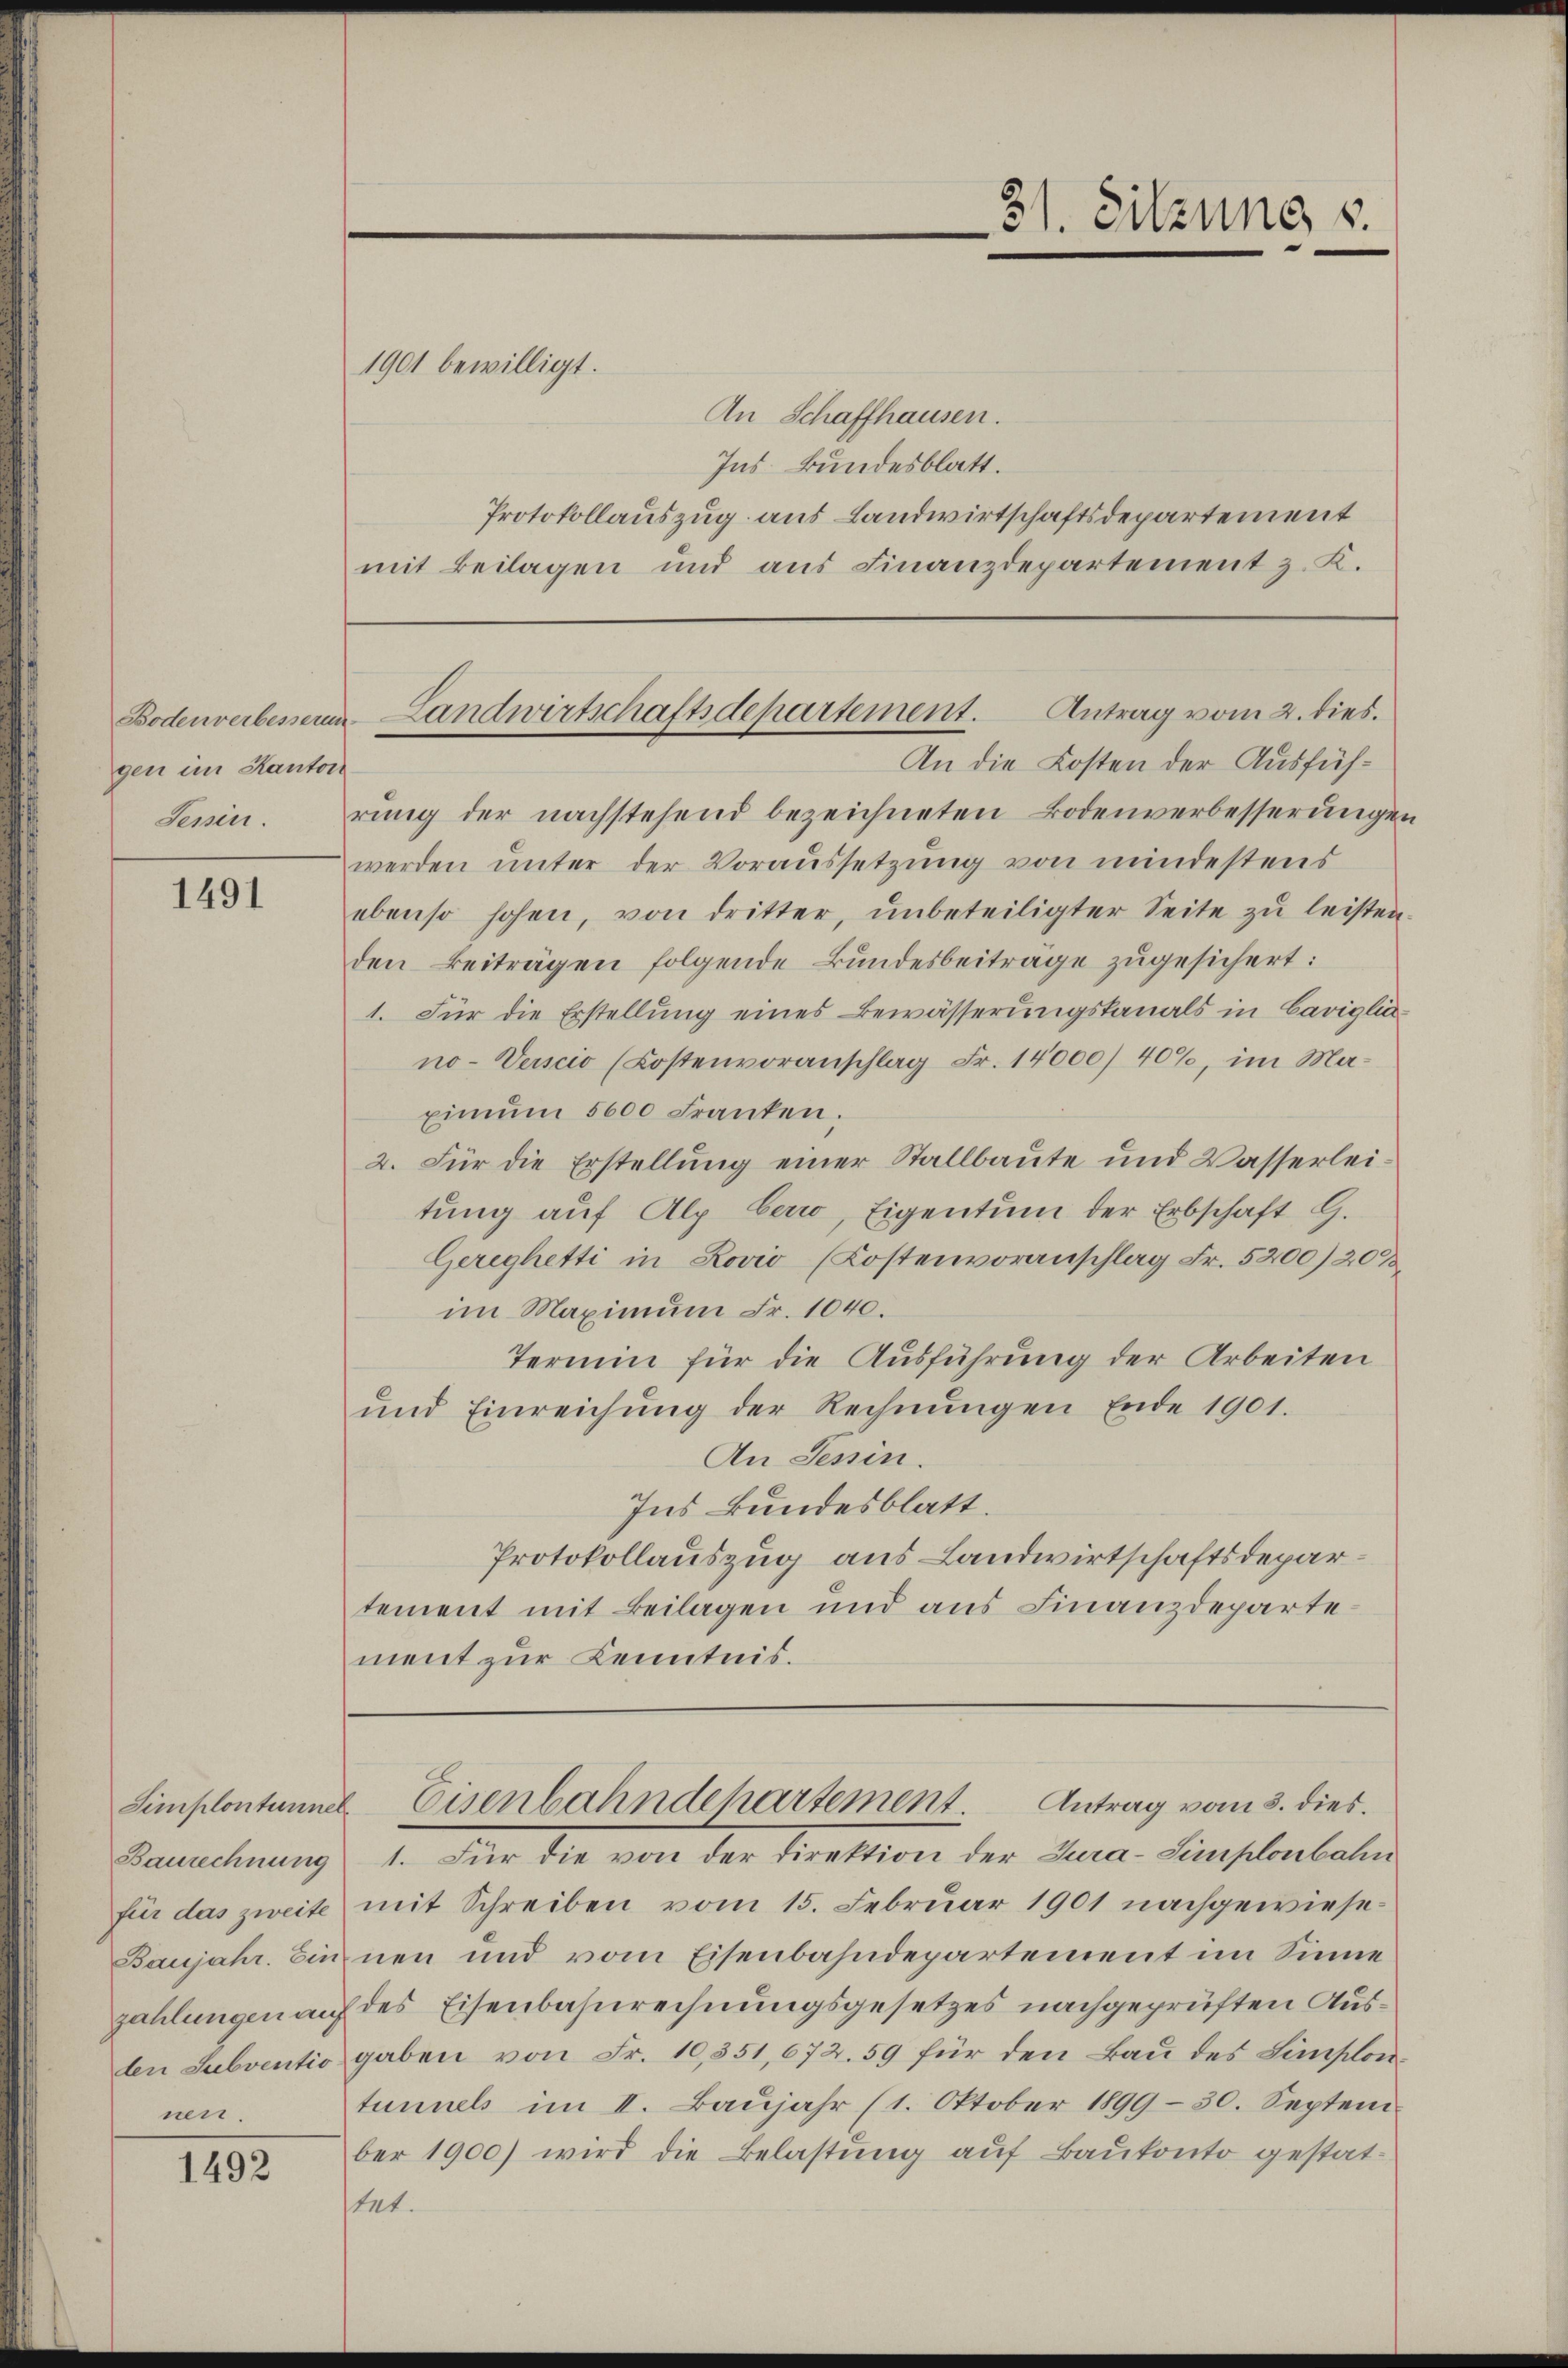
gen im Kanton
Tessin.

1491

Baurechnung
für das zweite
den Subventio
nen.

1492

1901 bewilligt.
An Schaffhausen.
Ins Bundesblatt.
Protokollauszug aus Landwirtschaftsdepartement
mit Beilagen und aus Finanzdepartement z. K.

Antrag vom 2. dies.
Bodenverbessen Landwirtschaftsdepartement.

31. Sitzung s.

An die Kosten der Ausführung der nachstehend bezeichneten Bodenverbesserungen
werden ŭnter der Voraussetzŭng von mindestens
ebenso hohen, von dritter, unbeteiligter Seite zu leisten.
den Beiträgen folgende Bundesbeiträge zugesichert:
1. Für die Erstellung eines Bewässerungskanals in Caviglia-
no-Verscio (Kostenvoranschlag Fr. 14000/ 40%, im Maximŭm 5600 Franken.
2. Für die Erstellung einer Stallbaute und Wasserleitung auf Alp beri, Eigentum der Erbschaft G.
Gereghetti in Lovio (Kostenvoranschlag Fr. 5200) 20%
im Maximum Fr. 1040.
Termin für die Ausführung der Arbeiten
ŭnd Einreichŭng der Rechnŭngen Ende 1901.
An Tessin.
Ins Bundesblatt.
Protokollauszug aus Landwirtschaftsdepartement mit Beilagen und aus Finanzdepartement zur Kenntnis.

1. Für die von der Direktion der Jura-Simplonbahn
mit Schreiben vom 15. Februar 1901 nachgewiese¬
Baujahr. Bin neu und vom Eisenbahndepartement im Sinne
zahlungen auf des Eisenbahnrechnungsgesetzes nachgeprüften Ausgaben von Fr. 10,351,672. 59 für den Bau des Simplontunnels im II. Baŭjahr (1. Oktober 1899 - 30. Septem
ber 1900) wird die Belastŭng aŭf Baŭkonto gestat-
stet.

Antrag vom 3. dies.
Simplontanne Eisenbahndepartement.